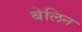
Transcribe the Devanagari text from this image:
बेलिन